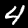
Label: 4